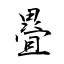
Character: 疂